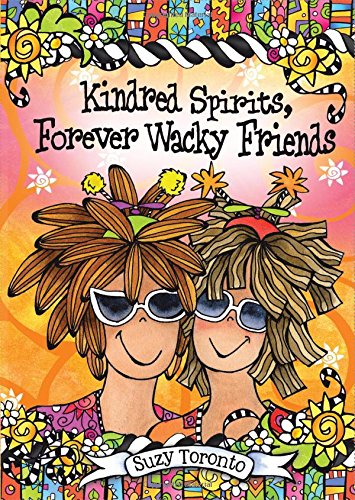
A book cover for Kindred Spirits, Forever Wacky Friends; Suzy Toronto; Self-Help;